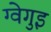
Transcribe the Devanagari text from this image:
ग्वेगुइ